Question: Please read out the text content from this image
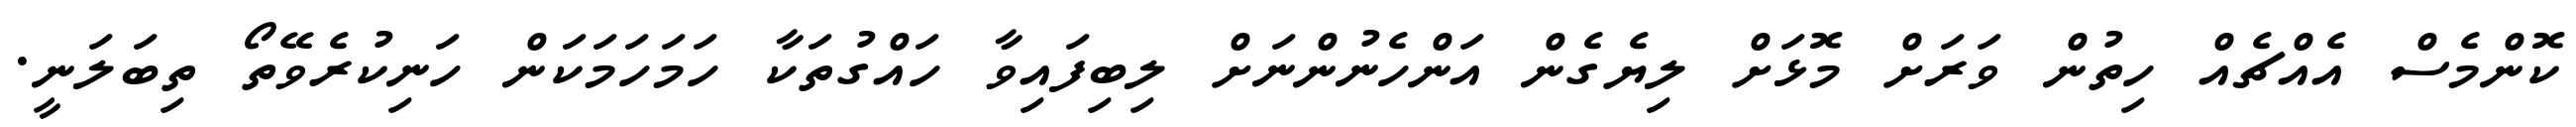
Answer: ކޮންމެސް އެއްޗެއް ހިތުން ވަރަށް މޮޅަށް ލިޔެގެން އަންހެނުންނަށް ލިބިފައިވާ ހައްގުތަކާ ހަމަހަމަކަން ހަނިކުރެވޭތޯ ތިބަލަނީ.